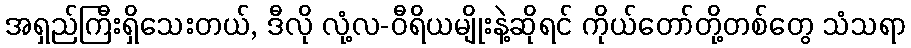
အရှည်ကြီးရှိသေးတယ်, ဒီလို လုံ့လ-ဝီရိယမျိုးနဲ့ဆိုရင် ကိုယ်တော်တို့တစ်တွေ သံသရာ